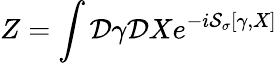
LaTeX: Z=\int{\cal D}\gamma{\cal D}Xe^{-i{\cal S}_{\sigma}[\gamma,X]}